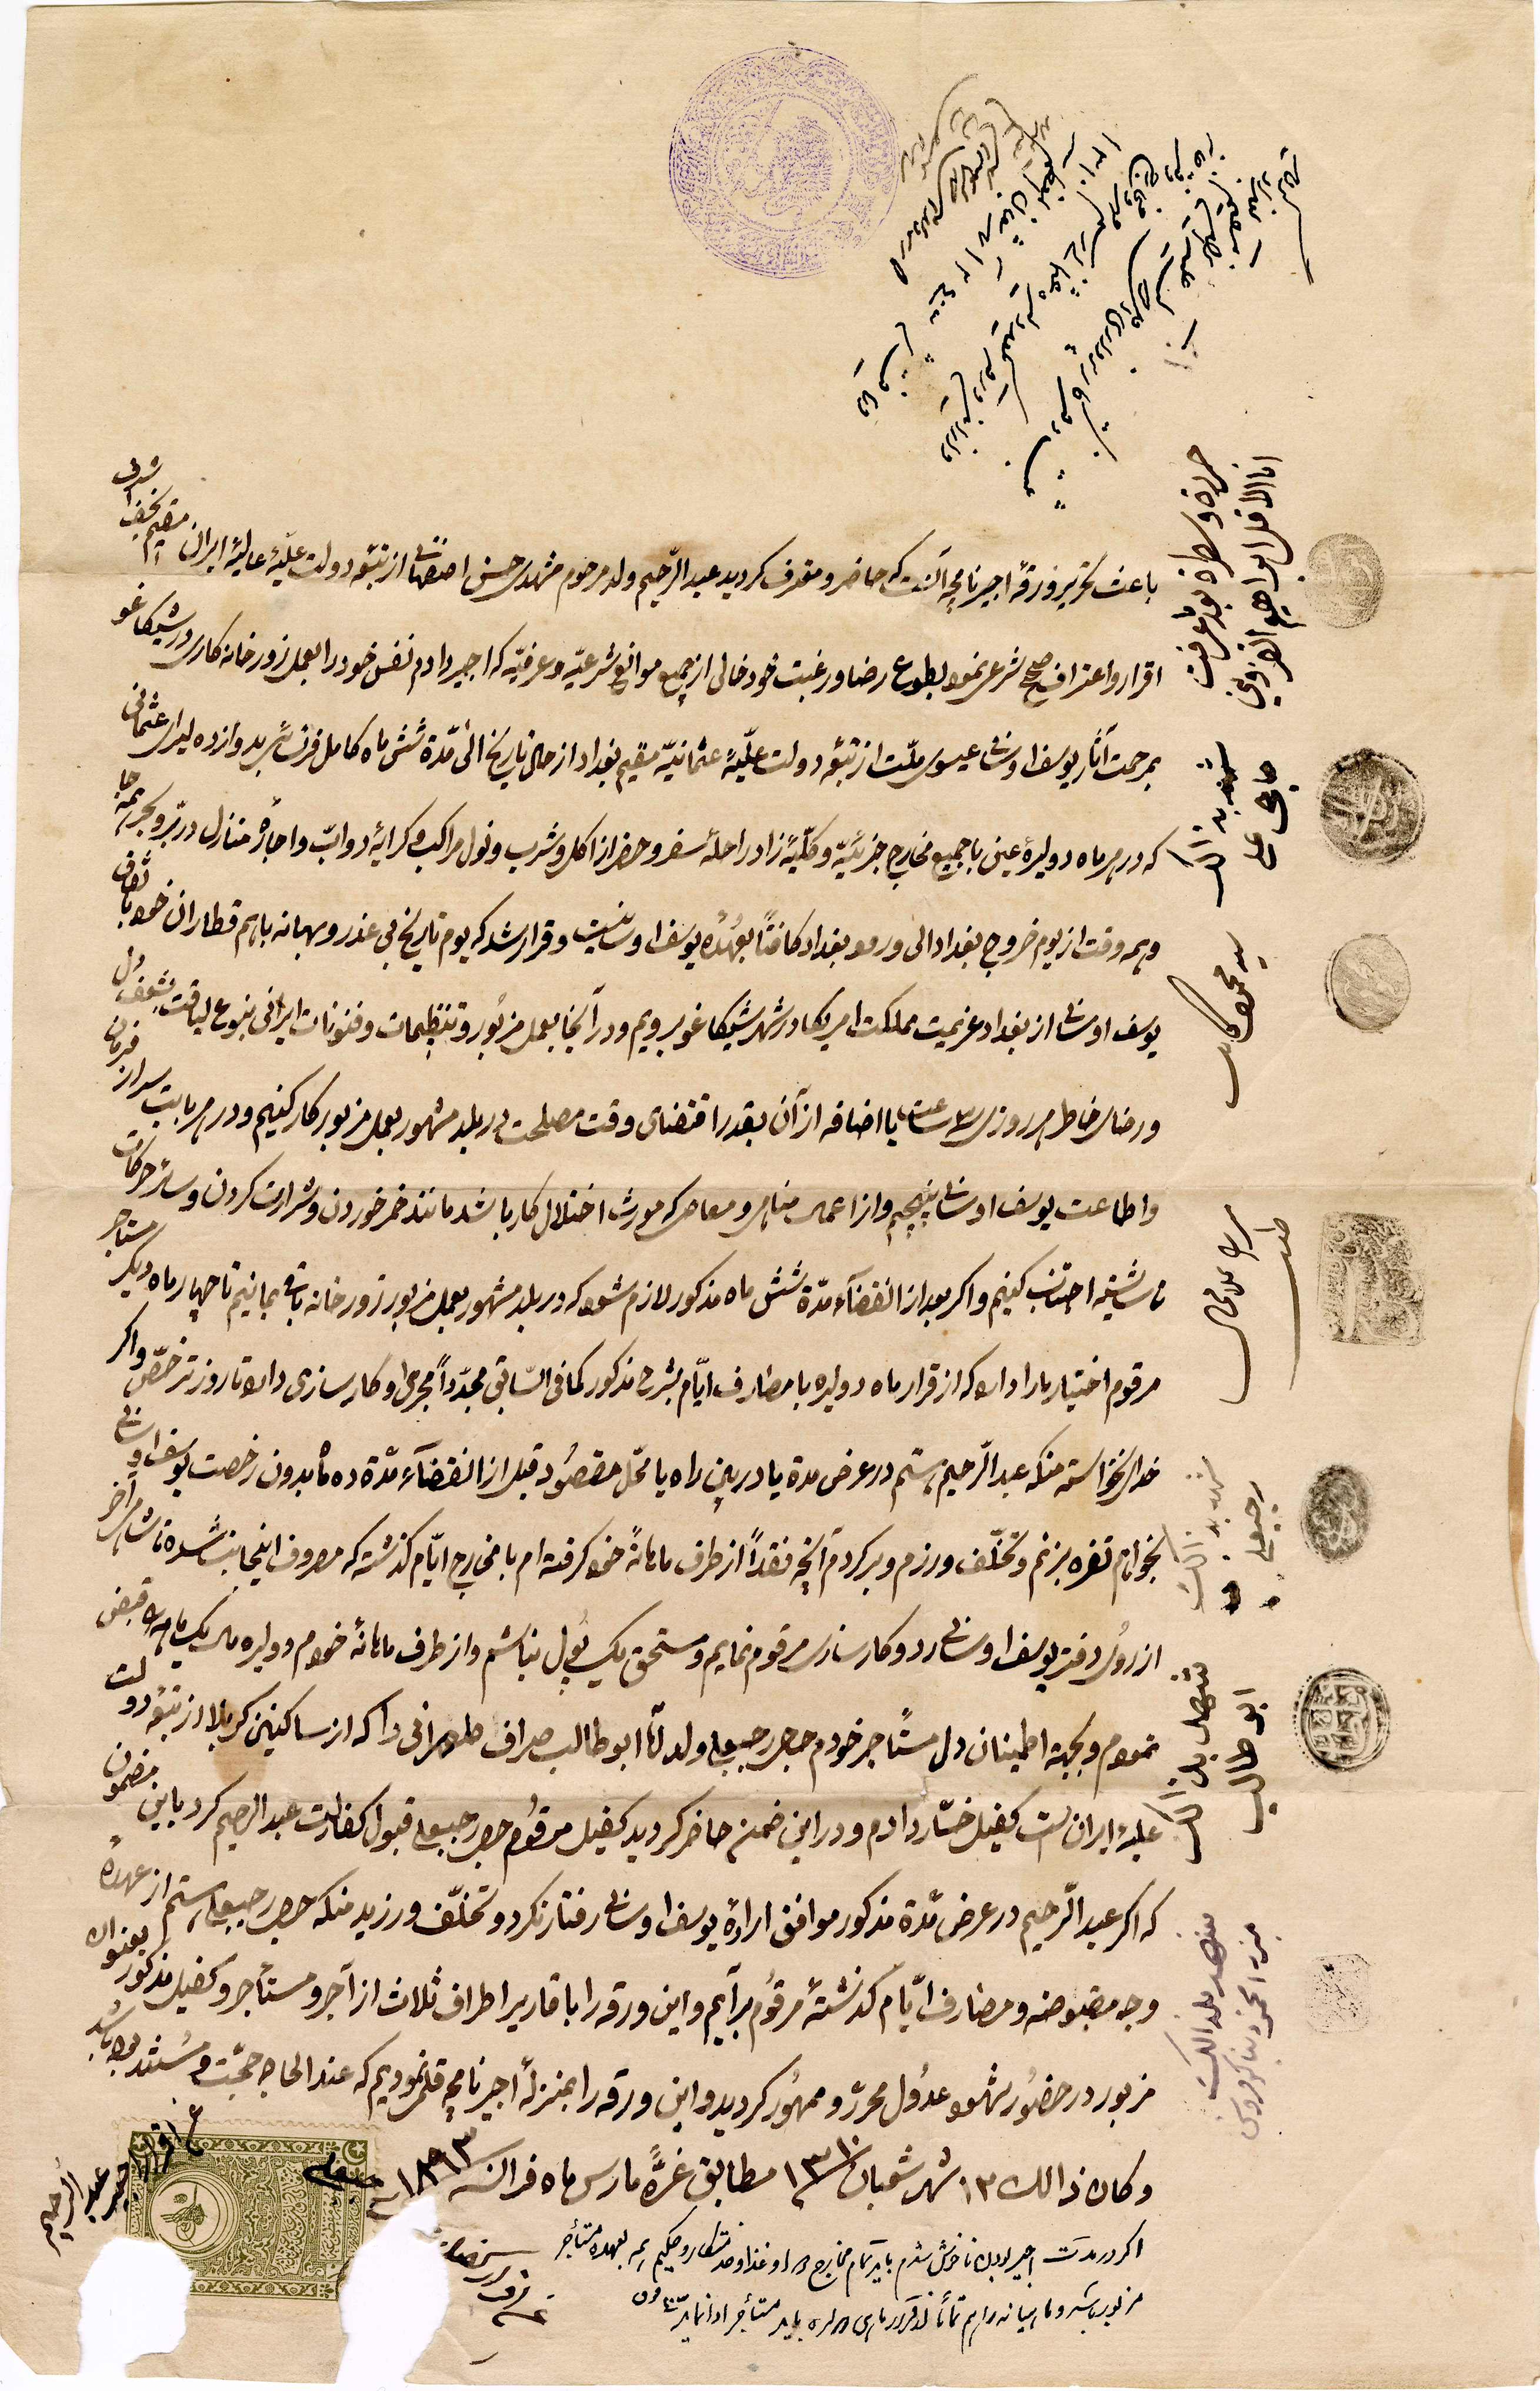
باعث لتحرير ورقة اجيرنا ....حاضر ومحترف لرويد عبد الرحيم ولد مرحوم مشهد حسن .... دولت علية عالية ايران مقيم ....
إقرار واعتراف صحح شرع بنمو بطوع رضا ورغبت خودخالي ... موانع شرعية وعرفية اجير وادم نفس خود العمل زورخانة كارسرور شيكاغو
بمدحت آثار يوسف او .. ملّت .. دولت علية عثمانية مقيم بغداد ...تاريخ الى دزو شش ماه كامل ... لسرة عثمانية
.... ليرة عين ياجميع مخارج جزئية وكلية زاد راحله سفر وحضرات اكل وشرب مراكل مرائية دوايّ واجاره منازل ....
وبم وقت از يوم خروج بغداد الى ورمو بغداد ... بعهده يوسف ... وقرار شركة يوم تاريخ في عزرو بهمانة باسم قطارات ...
يوسف... از بغداد غريمت مملكت أمريكا وشهد شيكاغو غوبرويم ودارآغا يعمل مزبور تنظيمات وفنونات إيراني بنوع ....
ورضا خاطر ...يا إضافة آزان بقدر اقتضاى وقت مصلحت دربلد مشهور بعمل مزبور كاركنيم ....
واعاطت يوسف ... وازا عمل مناجر ومعاصر كرمو اختلال كربا شد ما ...خمر خوردن وشرارت كردن وسائر حركات
... اجتناب كنيم واكر ...انقضاء مدة شش ماه مذكور لازم شركة ربلد مشهوربعمل مزبور خانة باقي خانة بمانيم ...
مرقوم اختيار بارا داسوكة ازقرار ماه دو ليرة مصارف أيام بشرح مذكور كما في السابق مجددًا مجرى ...
خدا ... ستة منكم عبد الرحيم رستم درعرض مدة يادرين راه يا محلّ مقصود ازا انقضاء مدة ده مابدون رخصت يوسف ...
...تغره بزنم وتخلف ورزم وركدم ... فقدًا ازطرق ...رح أيام ... مصروف..
زورك دفتر يوسف ... ردو كارت مرقوم نمايم ومستحق بول نباشم وازطرف مائة خصوم دوليرة ...
...ولجهة اطمينان دل مستاجر خودم حجر رحبعلي ولد أبو طالب صراف طهراني داكه اوساكنين كربلاد ... دولت
علية ايران الست كفيل خسّار ادم ودراين ضمن حاضر ويد كفيل مرقوم جود قبول كفالت عبد ارحيم كردبابن مضمون
...عبد الرحيم ورعرض مدة مذكور موافق إرادة يوسف... ورفتار دو تخلّف ورزيد منك حصة ... رستم از عهده
وج مقبوضة ومصارف أيام ... مرقوم برايم وأين ورقة .. ارطاف ثلاثة اوا آجر مستأجر وكفيل مذكور بعنوان
مزبور وحضور شهود عدول محرّر وومهور كرديدواين ورقة بمنزلة اجير نا... قلم نموديم مه عند الحاج ....
وكان ذاك ١٣ شهر شعبان مطابق عشرة مارس ...١٨٩٣
..............
..................